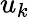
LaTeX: u_{k}